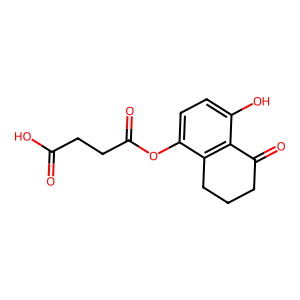
SMILES: O=C(O)CCC(=O)Oc1ccc(O)c2c1CCCC2=O
Inhibits HIV replication: No